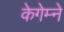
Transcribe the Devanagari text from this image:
केगेम्ने